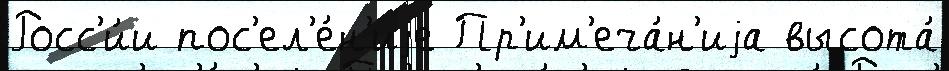
Росс'и́и пос'ел'е́н'иjе Пр'им'еча́н'иjа высота́